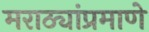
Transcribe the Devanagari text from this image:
मराठ्यांप्रमाणे